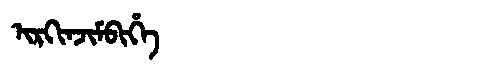
Manchu: ᡳᡵᡴᡳᠨᠵᡳᠮᠪᡳᡥᡝ
Romanization: IRKINJIMBIHE